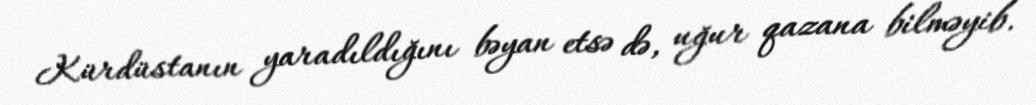
Kürdüstanın yaradıldığını bəyan etsə də, uğur qazana bilməyib.